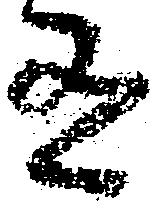
有